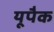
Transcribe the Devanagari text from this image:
यूपैक